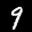
Label: 9